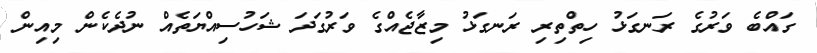
ގައްބެ ވަރުގެ ރަނގަޅު ހިތްތިރި ރަނގަޅު މިޒާޖެއްގެ ވަރުގަދަ ޝަހުސިއްޔަތެއް ނުދެކެން މިއިން